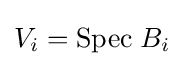
V_{i}={\mbox{Spec}}\;B_{i}